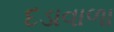
દડાવાળા